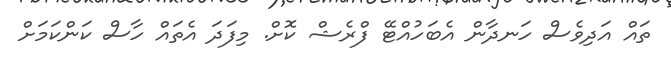
ތައް އަދިވެސް ހަނދާން އެބަހުއްޓޭ ފްރެޝް ކޮށް. މިފަދަ އެތައް ހާސް ކަންކަމަށް